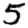
Digit: 5